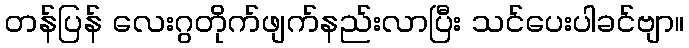
တန်ပြန် လေးဂွတိုက်ဖျက်နည်းလာပြီး သင်ပေးပါခင်ဗျာ။